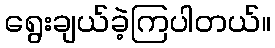
ရွေးချယ်ခဲ့ကြပါတယ်။